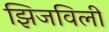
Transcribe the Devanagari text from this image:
झिजविली